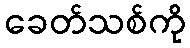
ခေတ်သစ်ကို